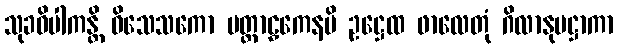
သုခဝိပါကန္တိ ဝိသေသကော ပတ္တာဠှကေနပိ ဥဋ္ဌေထ ဖာလေတုံ ဂိလာနုပဋ္ဌာကာ